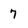
Character: 7